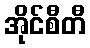
အိုင်စီတီ